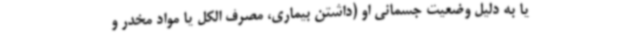
یا به دلیل وضعیت جسمانی او (داشتن بیماری، مصرف الکل یا مواد مخدر و